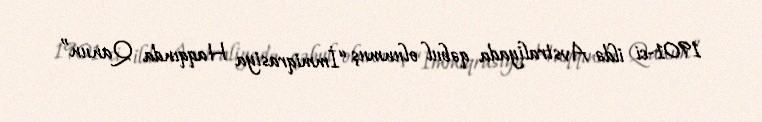
1901-ci ildə Avstraliyada qəbul olunmuş “İmmiqrasiya Haqqında Qanun”